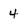
Character: 4